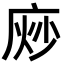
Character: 𫷴